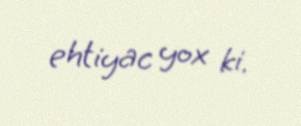
ehtiyac yox ki.